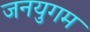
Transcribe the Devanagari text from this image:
जनयुगम